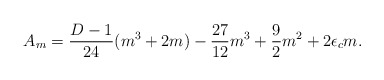
\begin{align*}A_{m}=\frac{D-1}{24}(m^{3}+2m)-\frac{27}{12}m^{3}+\frac{9}{2}m^{2}+2\epsilon_c m.\end{align*}